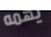
يهمه